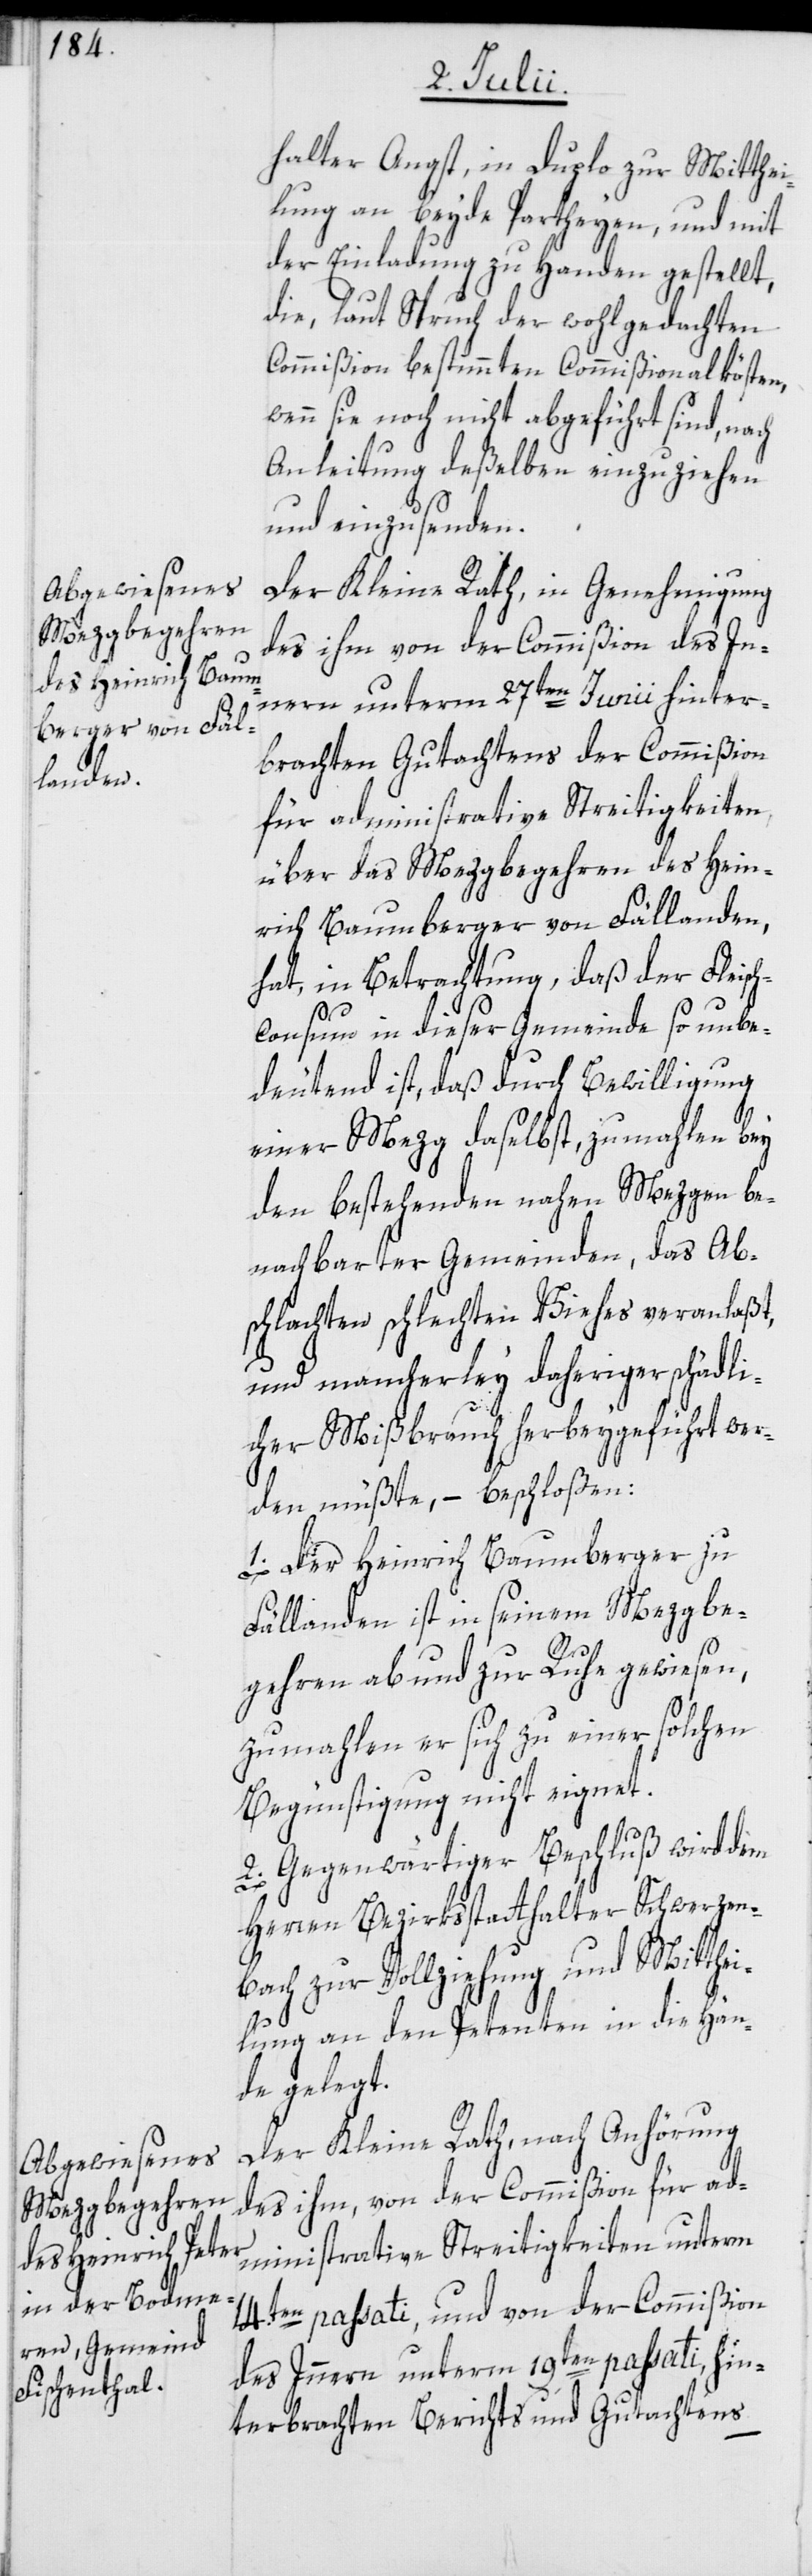
halter Angst, in Duplo zur Mitthei¬
lung an beyde Partheyen, und mit
der Einladung zu Handen gestellt,
die, laut Spruch der wohlgedachten
Commißion bestimmten Commißionalkösten,
wenn sie noch nicht abgeführt sind, nach
Anleitung deßelben einzuziehen
und einzusenden.
Der Kleine Rath, in Genehmigung
des ihm von der Commißion des In¬
nern unterm 27ten Junii hinter¬
brachten Gutachtens der Commißion
für administrative Streitigkeiten,
über das Mezgbegehren des Hein¬
rich Baumberger von Fällanden,
hat, in Betrachtung, daß der Fleisch¬
consum in dieser Gemeinde so unbe¬
deutend ist, daß durch Bewilligung
einer Mezg daselbst, zumahlen bey
den bestehenden nahen Mezgen be¬
nachbarter Gemeinden, das Ab¬
schlachten schlechten Viehes veranlaßt,
und mancherley daheriger schädli¬
cher Mißbrauch herbeygeführt wer¬
den müßte, – beschloßen:
1. Der Heinrich Baumberger zu
Fällanden ist in seinem Mezgbe¬
gehren ab- und zur Ruhe gewiesen,
zumahlen er sich zu einer solchen
Begünstigung nicht eignet.
2. Gegenwärtiger Beschluß wird dem
Herren Bezirksstatthalter Schwerzen¬
bach zur Vollziehung und Mitthe¬
ilung an den Petenten in die Hän¬
de gelegt.
Der Kleine Rath, nach Anhörung
des ihm, von der Commißion für ad¬
ministrative Streitigkeiten unterm
14.ten passati, und von der Commißion
des Innern unterm 19ten passati, hin¬
terbrachten Berichts und Gutachtens